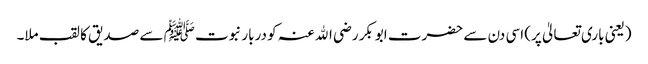
(یعنی باری تعالیٰ پر) اسی دن سے حضرت ابوبکر رضی اﷲ عنہ کو دربار نبوت ﷺ سے صدیق کا لقب ملا۔